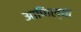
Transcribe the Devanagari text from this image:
आणिल्या